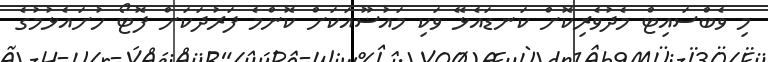
މި ވެބްސައިޓް މެދުވެރިކޮށް ކަނޑައެޅޭ ވަކި މައުޟޫއަކަށް ކޮންމެ ފަރުދަކަށް ފޮޓޯ ހުށައެޅުމުގެ